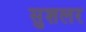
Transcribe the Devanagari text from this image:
सुशलर